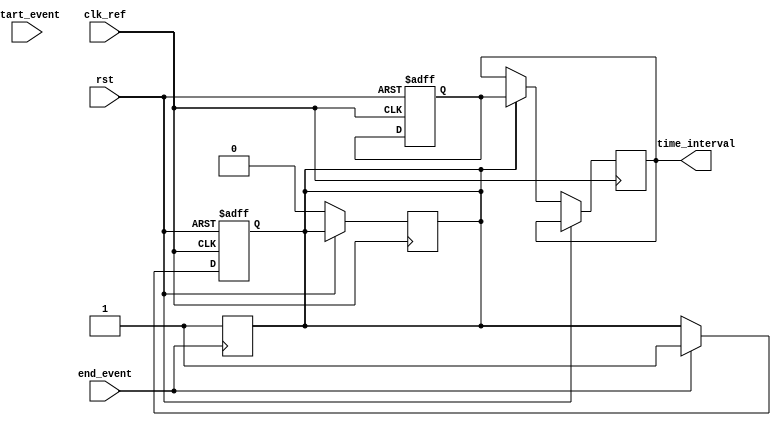
module tdc(
    input wire clk_ref,             // Reference clock
    input wire rst,                 // Asynchronous reset
    input wire start_event,         // Start event signal
    input wire end_event,           // End event signal
    output reg [15:0] time_interval  // Output time interval (16-bit for example)
);

// Parameters
parameter VCO_FREQ = 100e6;       // Example VCO frequency (100 MHz)
localparam CLK_PERIOD = 1 / VCO_FREQ; // Clock period for VCO

// PLL components (mocked for simulation purposes)
wire pll_clk;

// Phase Detector (simplified)
reg start_detected = 0;
reg end_detected = 0;

always @(posedge clk_ref or posedge rst) begin
    if (rst) begin
        start_detected <= 0;
        end_detected <= 0;
    end else begin
        if (start_event) start_detected <= 1;
        if (end_event) end_detected <= 1;
    end
end

// Voltage-Controlled Oscillator (VCO) mock
assign pll_clk = clk_ref; // In a real design, this would be frequency multiplied

// Low-Pass Filter (simple register for this example)
reg [15:0] control_voltage = 0; // Control voltage for VCO (mock)

// Digital Counter
reg [15:0] counter = 0;

always @(posedge pll_clk or posedge rst) begin
    if (rst) begin
        counter <= 0;
    end else if (start_detected) begin
        counter <= 0; // Reset counter on start event
    end else if (end_detected) begin
        time_interval <= counter; // Capture count at end event
        end_detected <= 0; // Reset end event detection
    end else if (start_detected) begin
        // Counting logic
        counter <= counter + 1;
    end
end

// Reset detection
always @(posedge end_event) begin
    end_detected <= 1; // Detect end event
    start_detected <= 0; // Reset start detection
end

endmodule